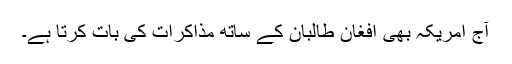
آج امریکہ بھی افغان طالبان کے ساتھ مذاکرات کی بات کرتا ہے۔